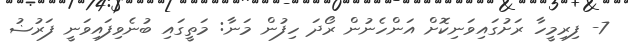
7- ފިރިމީހާ ރަށުގައިވަނިކޮށް އަންހެނުން ރޯދަ ހިފުން މަނާ: މަތީގައި ބުނެވިފައިވަނީ ފަރުޟު